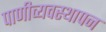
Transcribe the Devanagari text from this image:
पाणीव्यवस्थापन